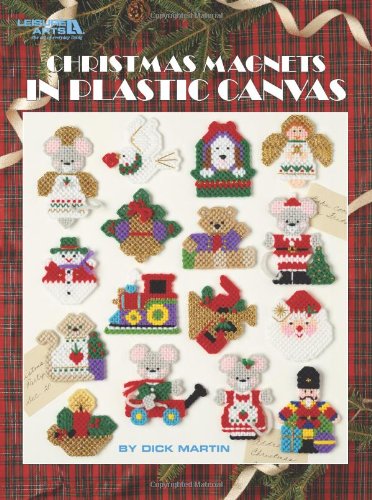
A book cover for Christmas Magnets in Plastic Canvas  (Leisure Arts #5157); Dick Martin; Crafts, Hobbies & Home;